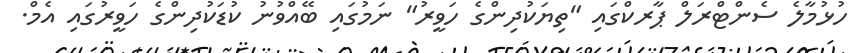
ހުޅުމާލެ ސެންޓްރަލް ޕާރކްގައި "ތިޔަކުދިންގެ ހަވީރު" ނަމުގައި ބޭއްވުނު ކުޑަކުދިންގެ ހަވީރުގައި އެމް.